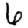
Digit: 6